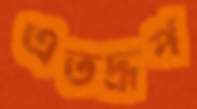
এতদ্রূপ